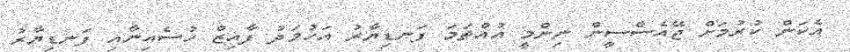
އެކަން ކުރުމަށް ޖޭއެސްސީން ނިންމީ އުއްތަމަ ފަނޑިޔާރު އަހުމަދު ފާއިޒް ހުސެއިނާއި ފަނޑިޔާރު